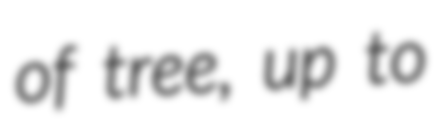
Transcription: of tree, up to